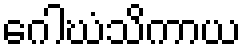
ဂေါဃံသိကာယ